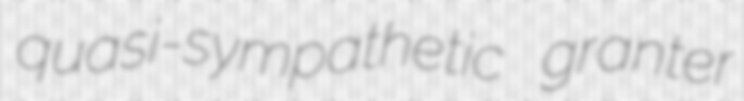
quasi-sympathetic granter